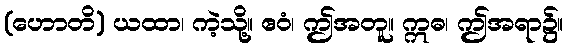
(ဟောတိ) ယထာ၊ ကဲ့သို့။ ဧဝံ၊ ဤအတူ။ ဣဓ၊ ဤအရာ၌။